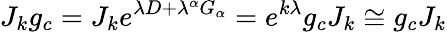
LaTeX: J_{k}g_{c}=J_{k}e^{\lambda D+\lambda^{\alpha}G_{\alpha}}=e^{k\lambda}g_{c}J_{k}\cong g_{c}J_{k}